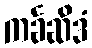
ကင်္ခဆိဒံ